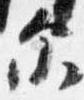
示